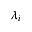
\lambda _ { i }